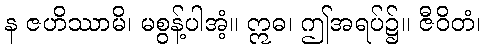
န ဇဟိဿာမိ၊ မစွန့်ပါအံ့။ ဣဓ၊ ဤအရပ်၌။ ဇီဝိတံ၊